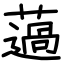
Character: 薖